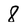
Character: 8